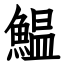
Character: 鰛